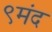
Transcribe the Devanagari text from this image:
९मंद